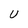
Character: U